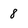
Character: 8